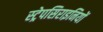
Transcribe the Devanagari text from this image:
स्ट्रेपसिराइनियों